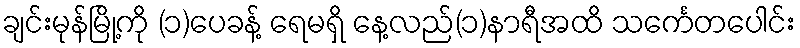
ချင်းမုန်မြို့ကို (၁)ပေခန့် ရေမရှိ နေ့လည်(၁)နာရီအထိ သင်္ကေတပေါင်း